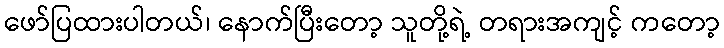
ဖော်ပြထားပါတယ်၊ နောက်ပြီးတော့ သူတို့ရဲ့ တရားအကျင့် ကတော့